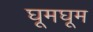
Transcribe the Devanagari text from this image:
घूमघूम